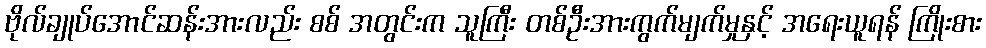
ဗိုလ်ချုပ်အောင်ဆန်းအားလည်း စစ် အတွင်းက သူကြီး တစ်ဦးအားကွက်မျက်မှုနှင့် အရေးယူရန် ကြိုးစား